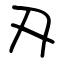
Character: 刄